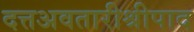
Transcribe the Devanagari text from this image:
दत्तअवतारीश्रीपाद